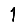
Digit: 1